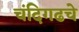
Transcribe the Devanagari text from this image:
चंदिगढचे